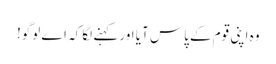
وہ اپنی قوم کے پاس آیا اور کہنے لگا کہ اے لوگو!